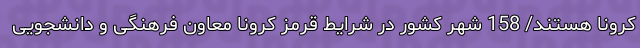
کرونا هستند/ 158 شهر کشور در شرایط قرمز کرونا معاون فرهنگی و دانشجویی